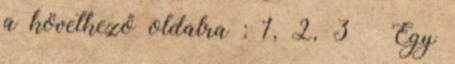
a következő oldalra : 1, 2, 3 » Egy